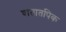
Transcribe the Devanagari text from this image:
वातातपिक